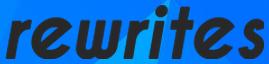
rewrites